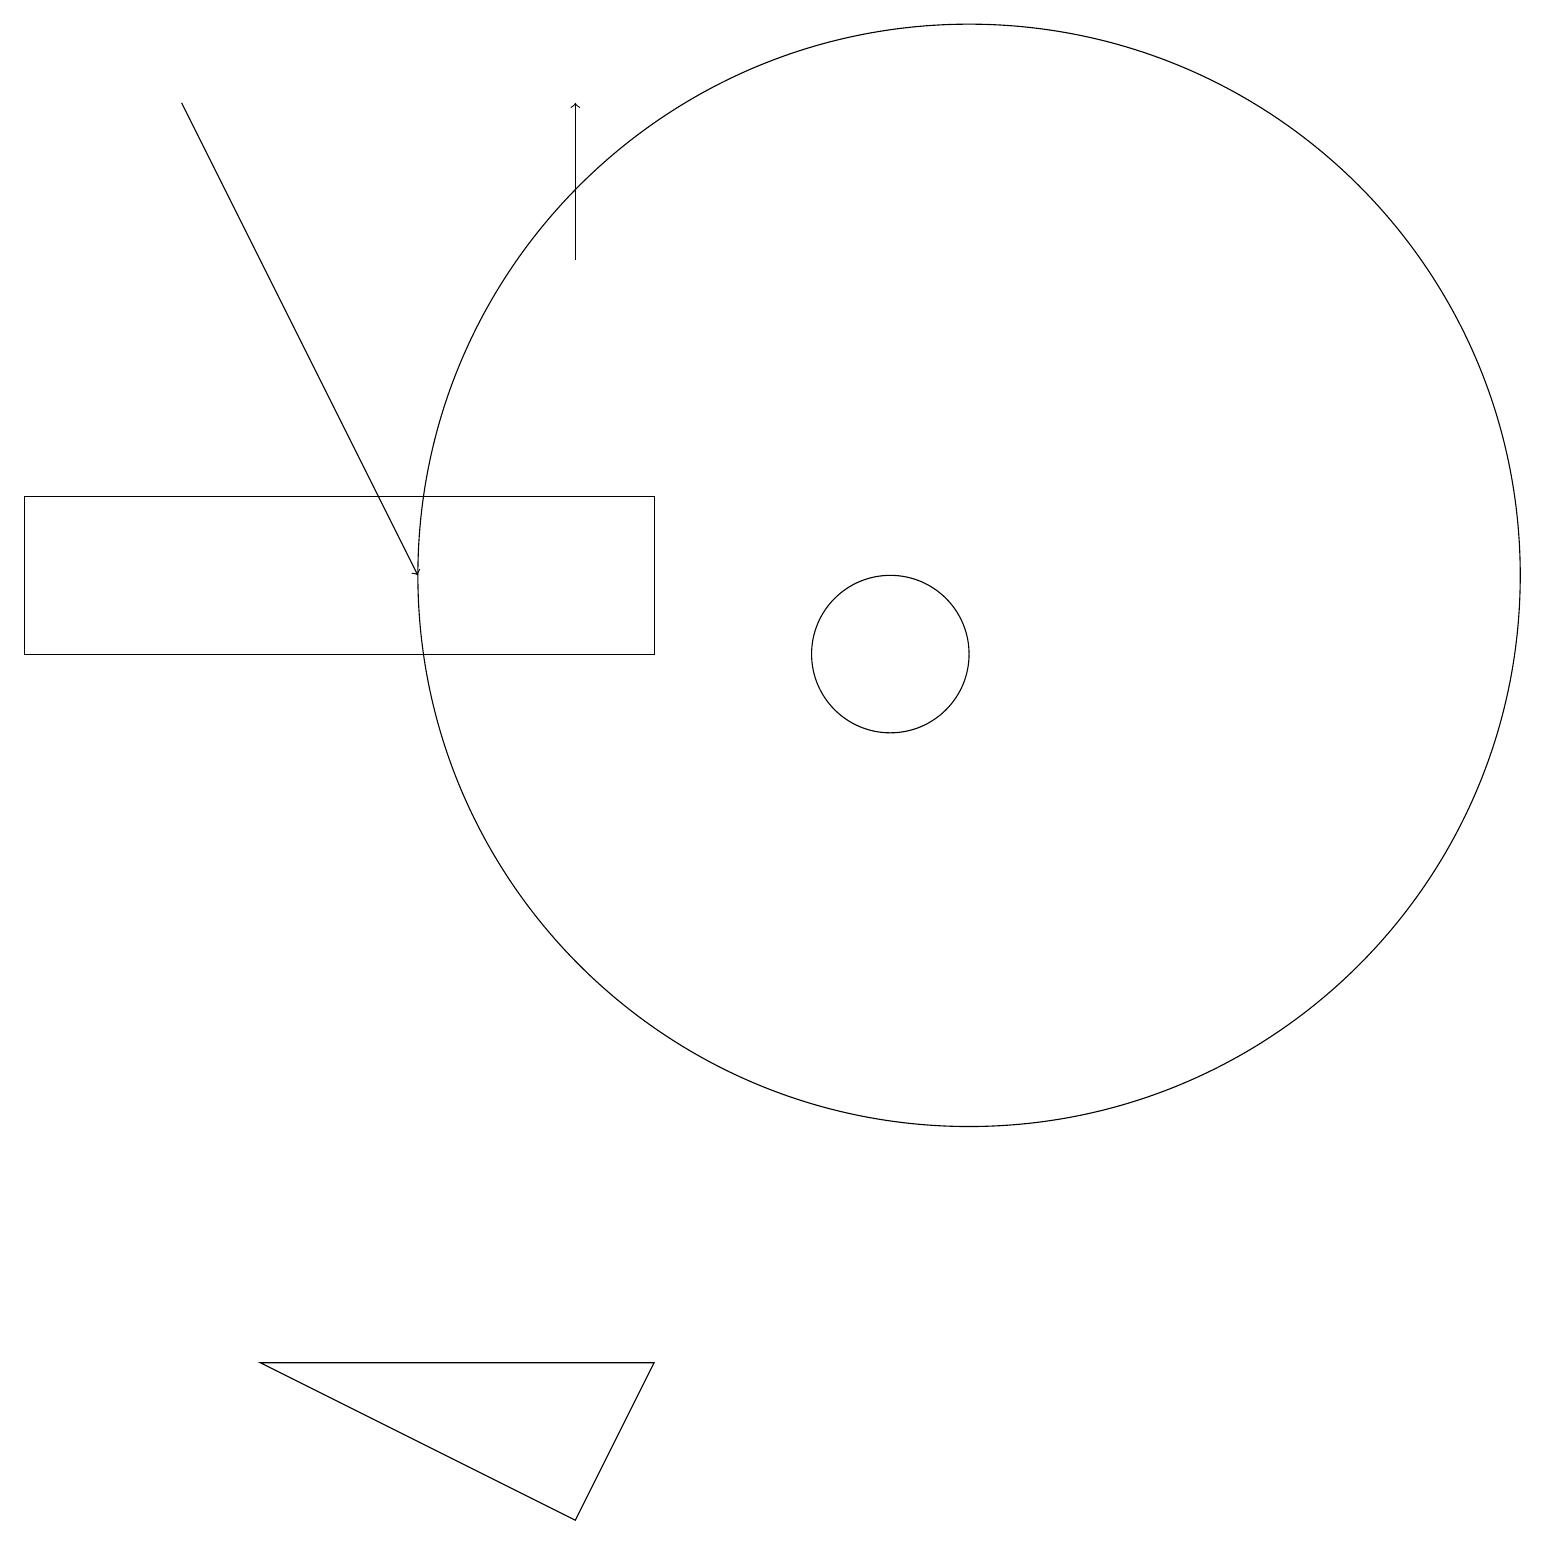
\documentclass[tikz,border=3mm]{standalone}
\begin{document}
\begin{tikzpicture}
\draw (7,0) -- (8,2) -- (3,2) -- cycle;
\draw[->] (7,16) -- (7,18);
\draw (12,12) circle (7);
\draw[->] (2,18) -- (5,12);
\draw (11,11) circle (1);
\draw (8,11) rectangle (0,13);
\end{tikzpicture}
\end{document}